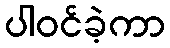
ပါဝင်ခဲ့ကာ